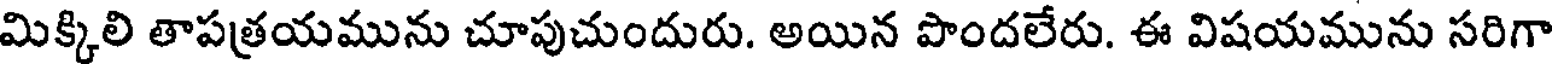
మిక్కిలి తాపత్రయమును చూపుచుందురు. అయిన పొందలేరు. ఈ విషయమును సరిగా